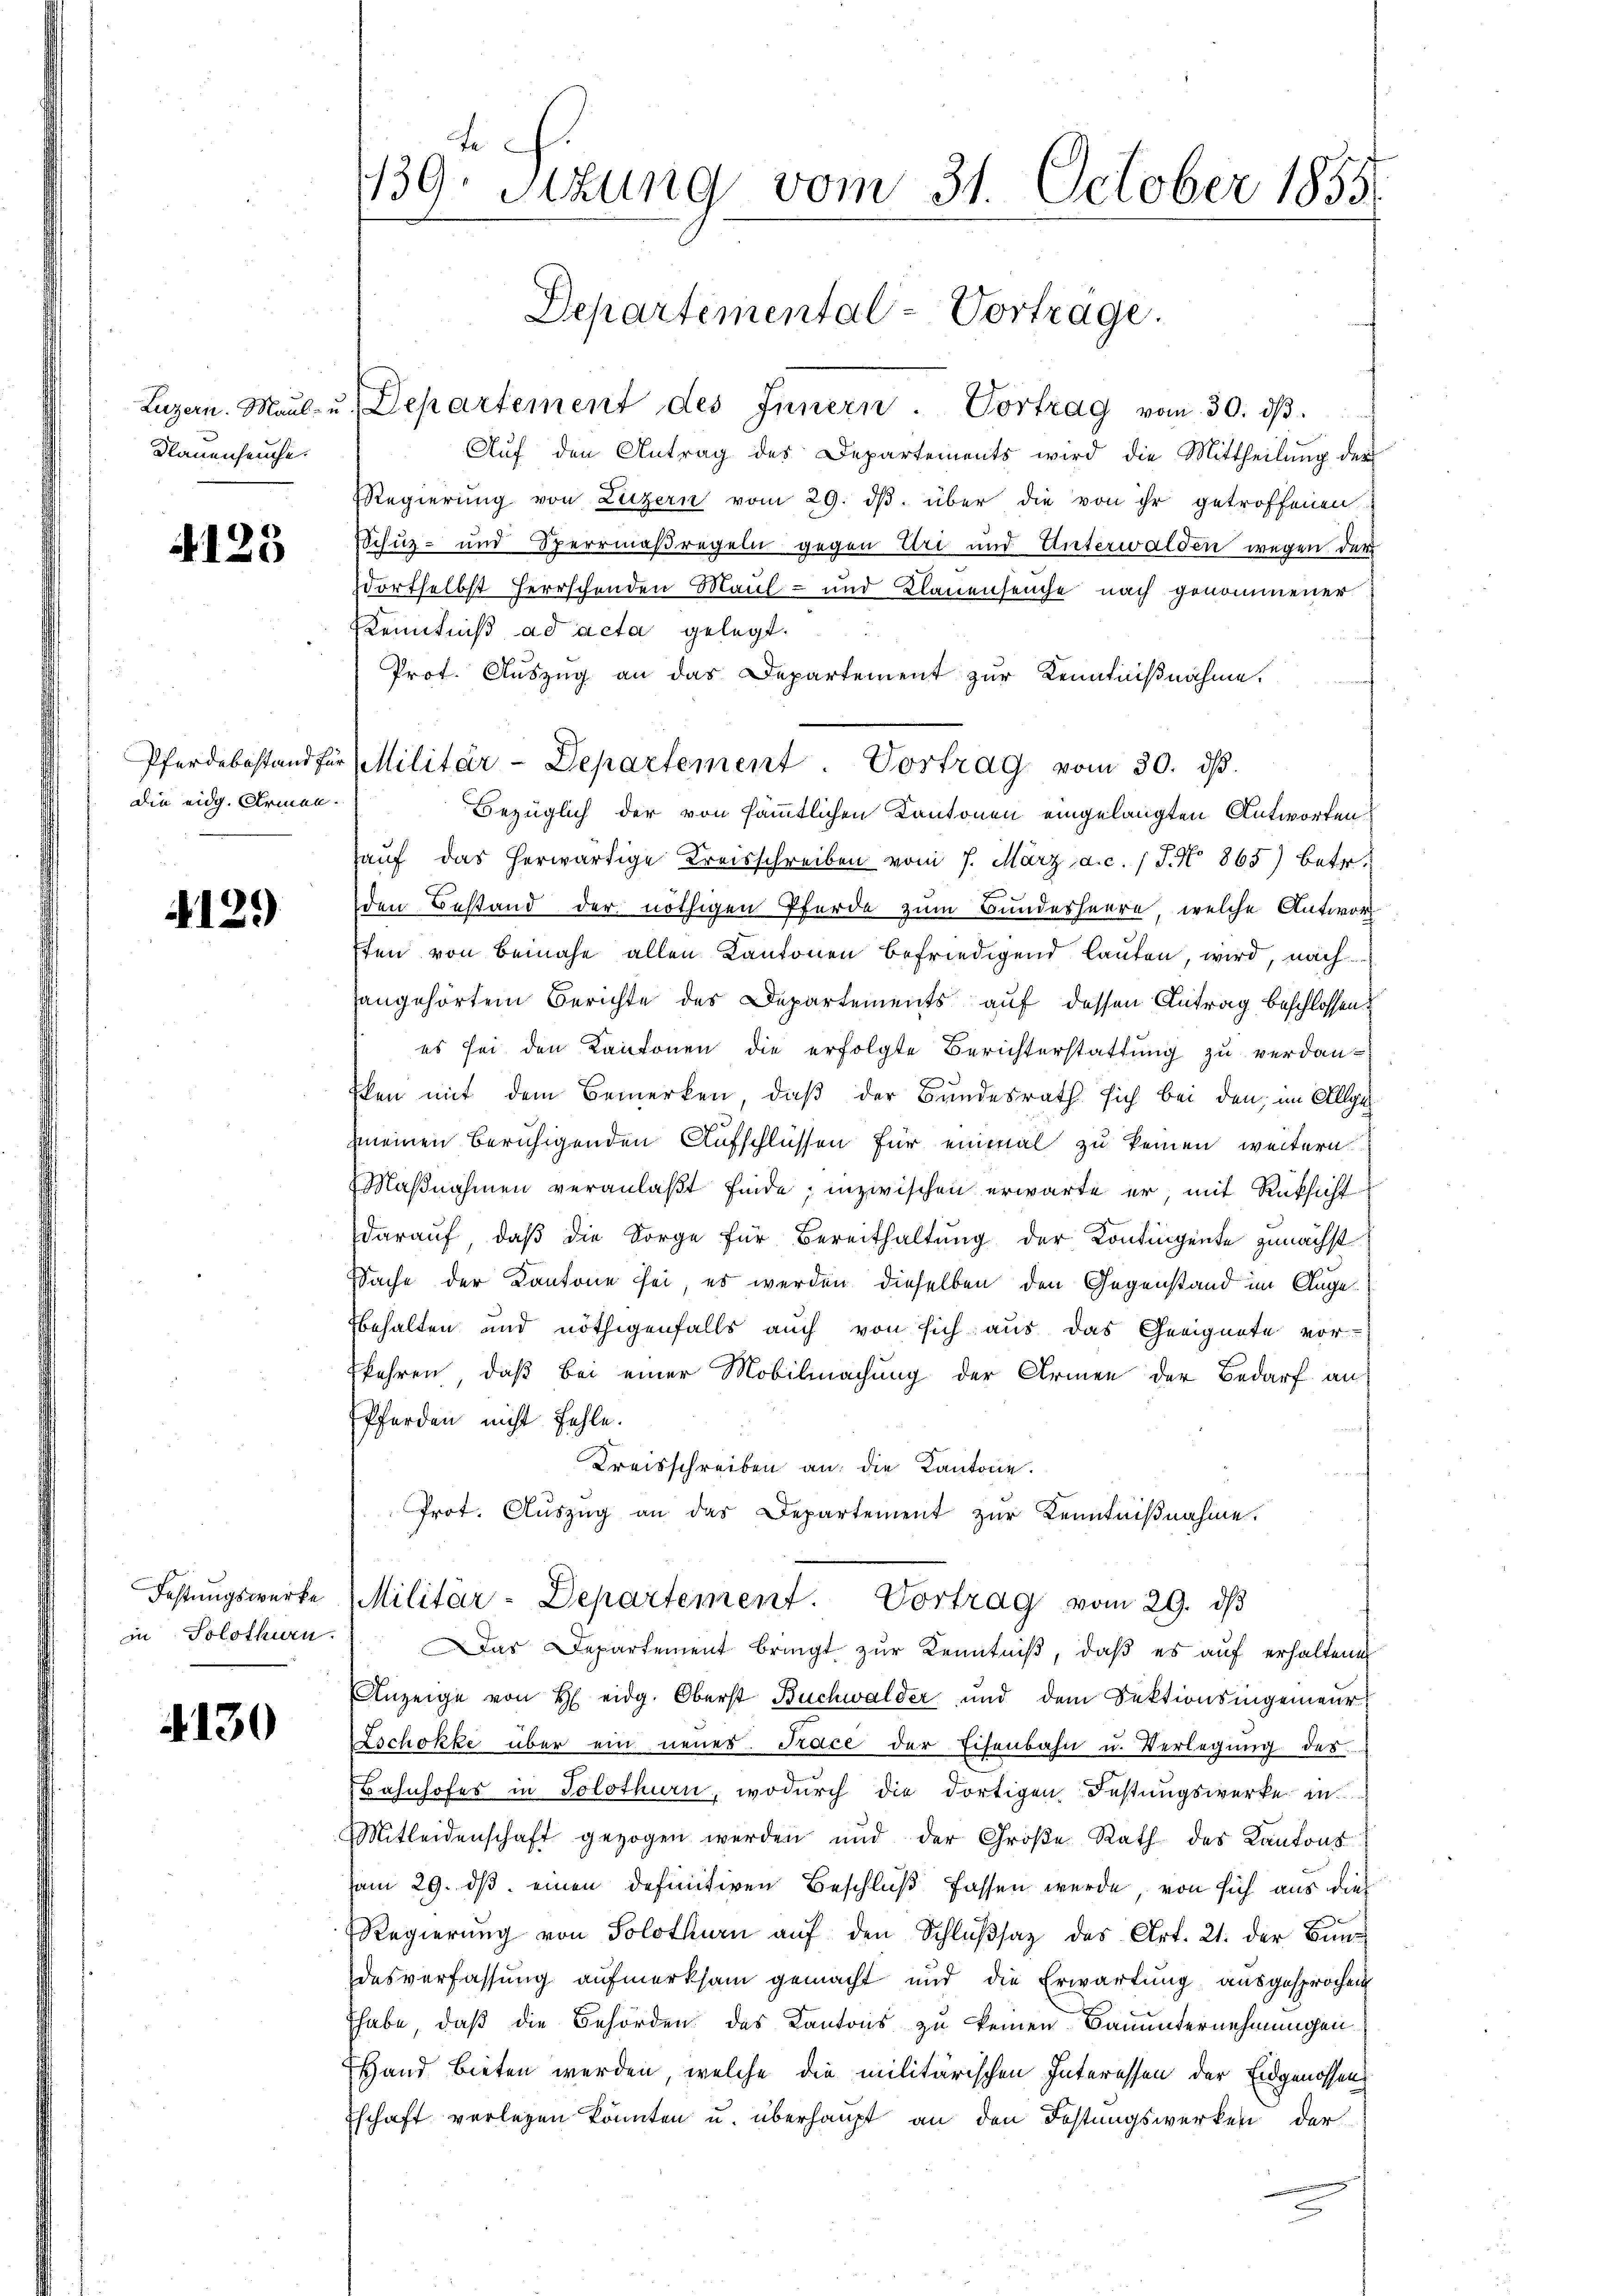
Luzern. Maul- u.
Nauenseuche.

4125

Pferdebastand für
die eidg. Armen.

4129

Festungswerke
in Solothurn.

4130

te
139. Sekung vom 31. October 1858.

Departement des Innern. Vortrag vom 30. dβ.
Auf den Antrag des Departements wird die Mittheilung der
Regierung von Luzern vom 29. dβ. über die von ihr getroffenen
Schuz- und Sperrmaßregeln gegen Uri und Unterwalden wegen der
dortselbst herrschenden Maul- und Klauenseuche nach genommener
Kenntniß ad acta gelegt.
Prot. Auszug an das Departement zur Kenntnißnahme.
Bezüglich der von sämmtlichen Kantonen eingelangten Antworten
auf das herwärtige Kreisschreiben vom 7. März a.c. (T. No 865) betr.
den Bestand der nöthigen Pferde zum Bundesheere, welche Antwor
ten von Bemahe allen Kantonen befriedigend lauten, wird, nach
angehörtem Berichte des Departements auf dessen Antrag beschlossen:
es sei den Kantonen die erfolgte Berichterstattung zu verdanken mit dem Bemerken, daß der Bundesrath sich bei den im Allge
mmeinen beruhigenden Aufschlüssen für einmal zu keinen weitern
Maßnahmen veranlaßt finde; inzwischen erwarte er, mit Rüksicht
darauf, daß die Sorge für Bereithaltung der Kontingente zunächst
Sache der Kantone sei, es werden dieselben den Gegenstand im Angebehalten und nöthigenfalls auch von sich aus das Geeignete vor-
kehren, daß bei einer Mobilmachung der Armen der Bedarf an
Pferden nicht fehle.
Kreisschreiben an die Kantone.
Prot. Aŭszŭg an das Departement zŭr Kenntniβnahme.
Militär-Departement. Vortrag vom 29. dβ
Das Departement bringt zur Kenntniß, daß es auf erhaltenes
Anzeige von H eidg. Oberst Buchwalder und dem Sektionsingenieur
Zschokke über ein neues. Pace der Eisenbahn u. Verlegung des
Bahnhofes in Solothurn, wodurch die dortigen Festungswerke in
Mitleidenschaft gezogen werden und der Große Rath des Kantons
im 29. ds. einen definitiven Beschluß fassen wurde, von sich aus dies
Regierŭng von Solothurn aŭf den Schlŭβsaz des Art. 21. der Bun
desverfassung aufmerksam gemacht und die Erwartung ausgesprochen
habe, daß die Behörden des Kantons zu keinen Bauunternehmungen
Hand bieten werden, welche die militärischen Interessen der Eidgenossen
schaft verlegen könnten u. überhaupt an den Festungswerken der
.

Departemental-Vortrage.

Militär-Departement Vortrag vom 30. dβ.